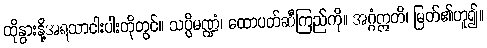
ထိုနွားနို့အရသာငါးပါးတိုတွင်။ သပ္ပိမဏ္ဍံ၊ ထောပတ်ဆီကြည်ကို။ အဂ္ဂံဣတိ၊ မြတ်၏ဟူ၍။